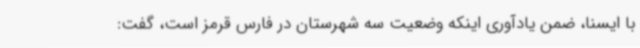
با ایسنا، ضمن یادآوری اینکه وضعیت سه شهرستان در فارس قرمز است، گفت: